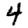
Digit: 4